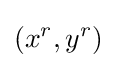
(x^{r},y^{r})